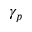
\gamma _ { p }